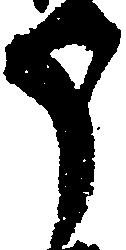
う